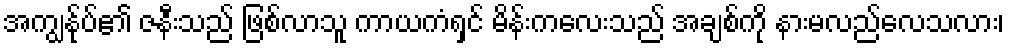
အကျွန်ုပ်၏ ဇနီးသည် ဖြစ်လာသူ ကာယကံရှင် မိန်းကလေးသည် အချစ်ကို နားမလည်လေသလား၊